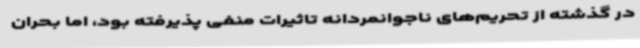
در گذشته از تحریم‌های ناجوانمردانه تاثیرات منفی پذیرفته بود، اما بحران